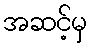
အဆင့်မှ